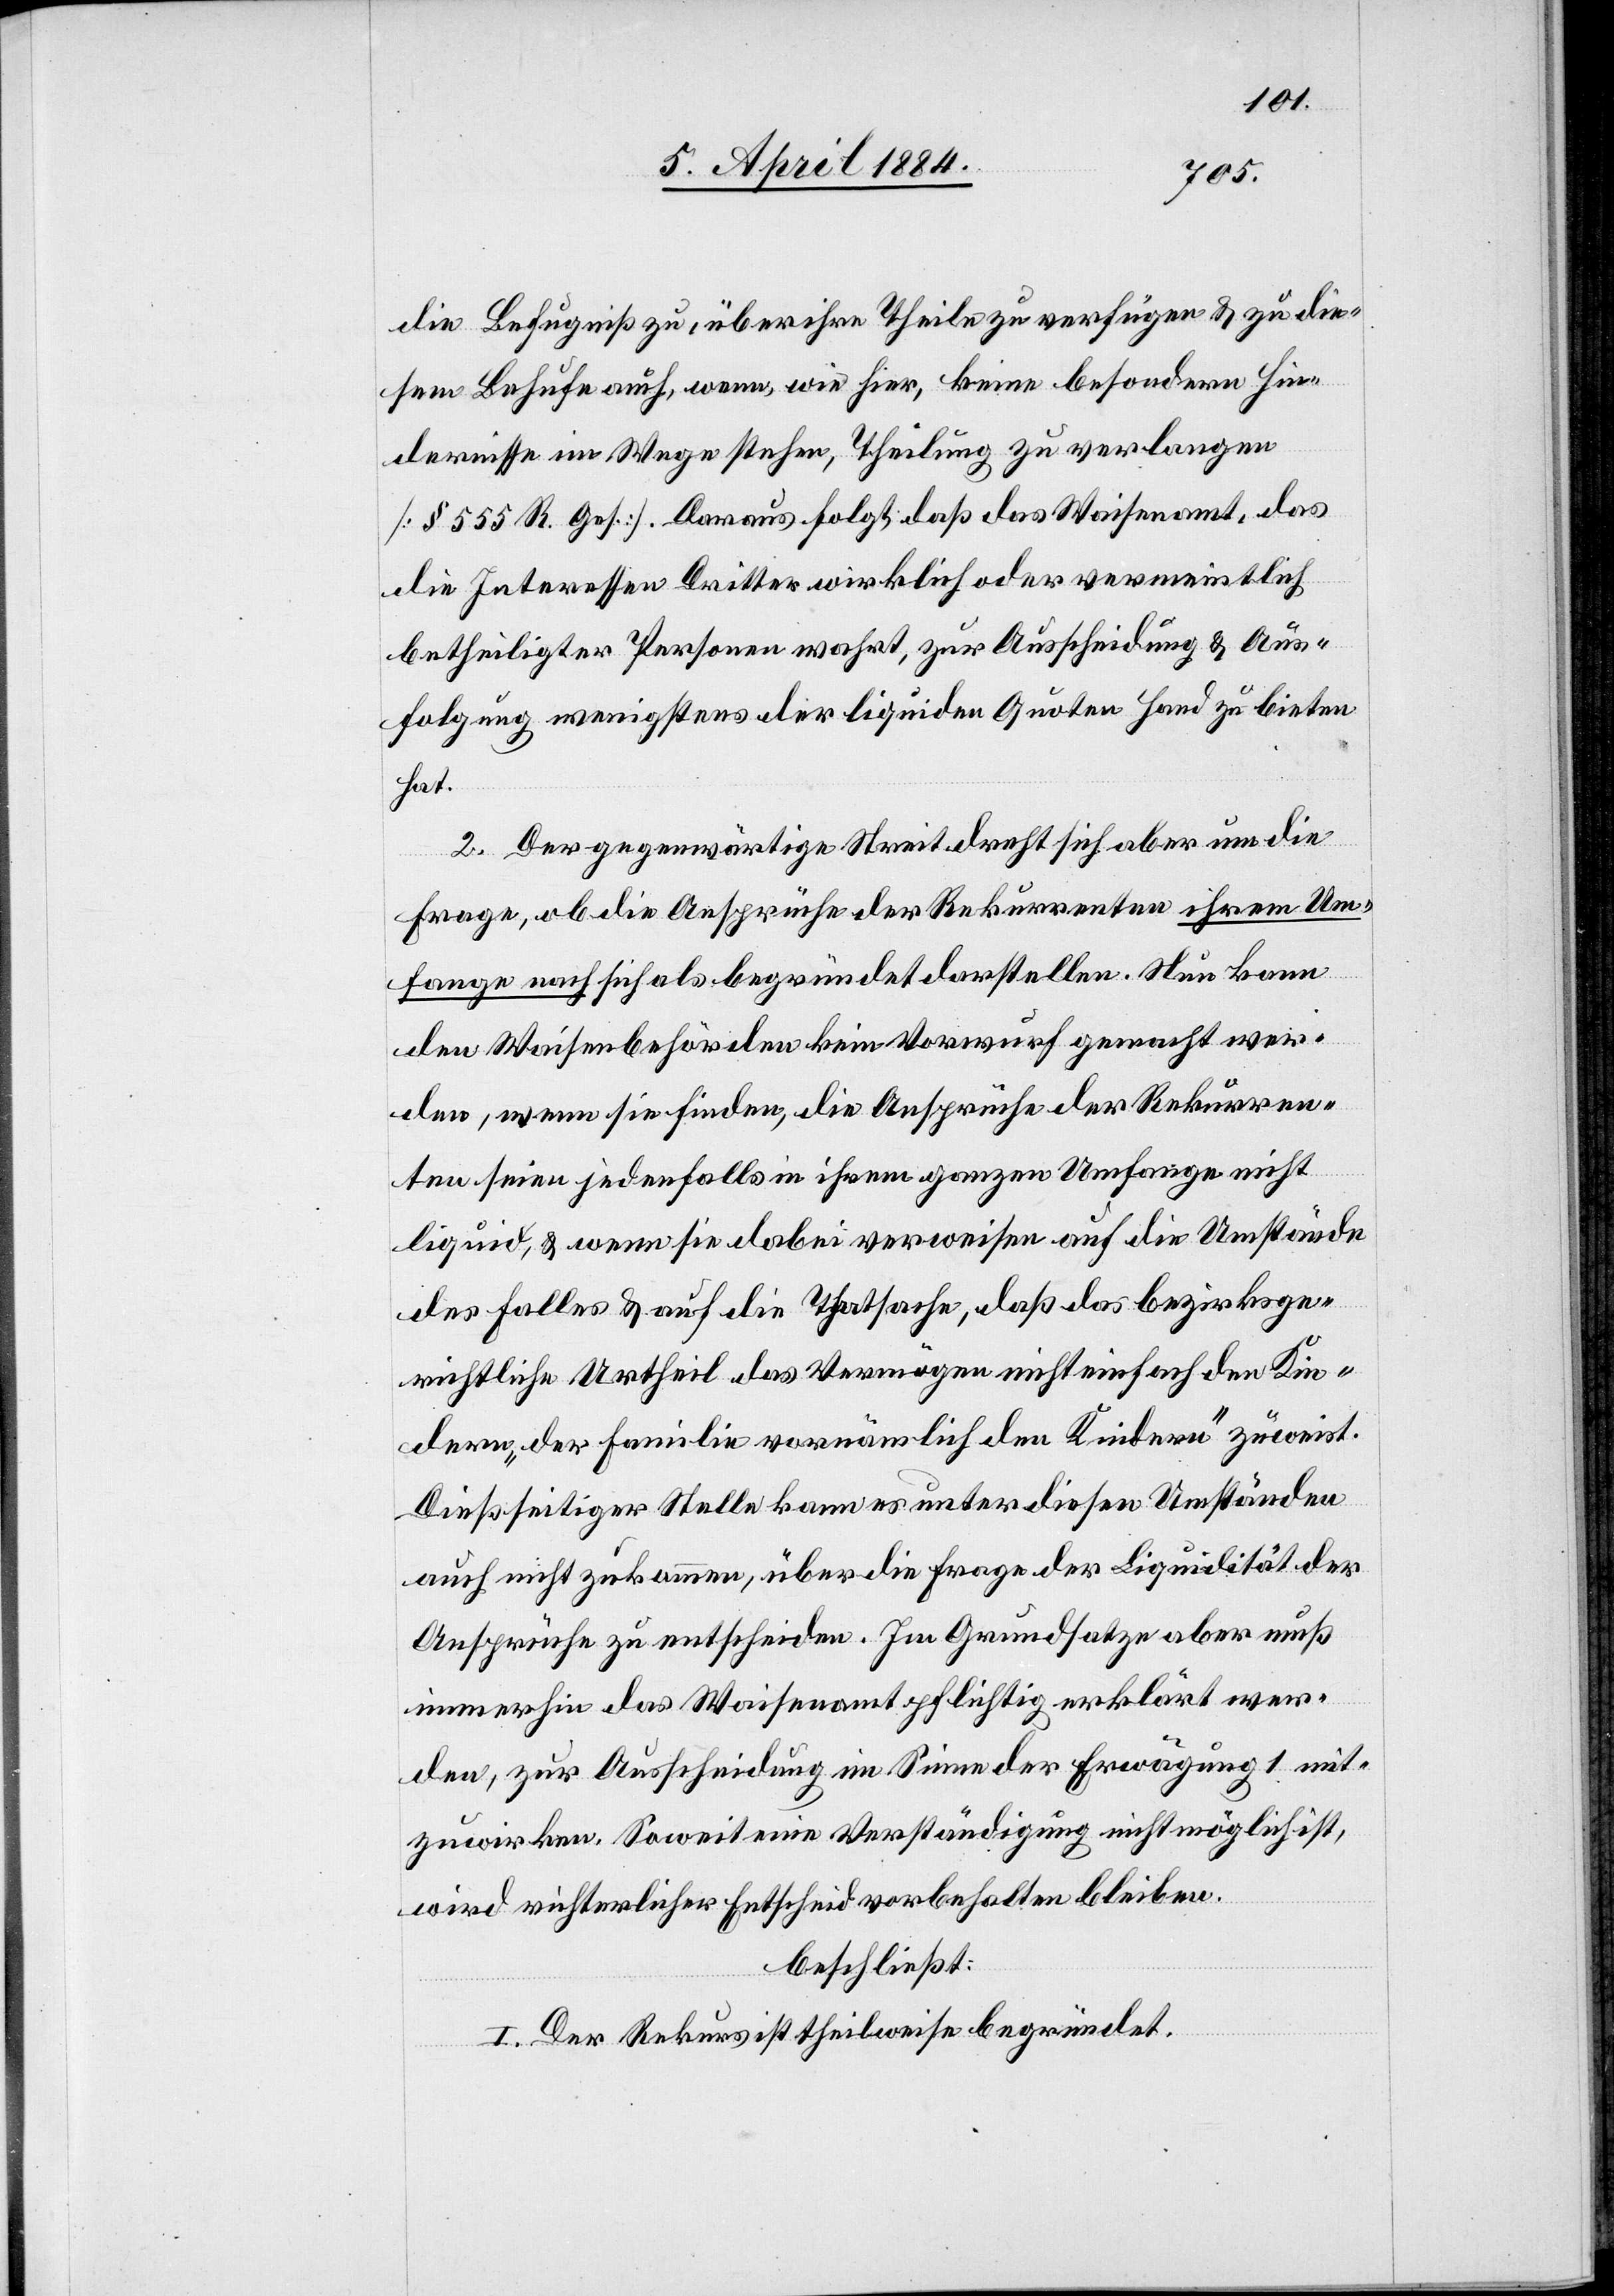
die Befugniß zu, über ihre Theile zu verfügen & zu die¬
sem Behufe auch, wenn, wie hier, keine besondern Hin¬
dernisse im Wege stehen, Theilung zu verlangen
[§ 555 R. Ges.]. Daraus folgt, daß das Waisenamt, das
die Interessen Dritter wirklich oder vermeintlich
betheiligter Personen wahrt, zur Ausscheidung & Aus¬
folgung wenigstens der liquiden Quoten Hand zu bieten
hat.
2. Der gegenwärtige Streit dreht sich aber um die
Frage, ob die Ansprüche der Rekurrenten ihrem Um¬
fange nach sich als begründet darstellen. Nun kann
den Waisenbehörden kein Vorwurf gemacht wer¬
den, wenn sie finden, die Ansprüche der Rekurren¬
ten seien jedenfalls in ihrem ganzen Umfange nicht
liquid, & wenn sie dabei verweisen auf die Umstände
des Falles & auf die Thatsache, daß das bezirksge¬
richtliche Urtheil das Vermögen nicht einfach den Kin¬
dern „der Familie vornämlich den Kindern“ zuweist.
Dießseitiger Stelle kann es unter diesen Umständen
auch nicht zukommen, über die Frage der Liquidität der
Ansprüche zu entscheiden. Im Grundsatze aber muß
immerhin das Waisenamt pflichtig erklärt wer¬
den, zur Ausscheidung im Sinne der Erwägung 1 mit¬
zuwirken. Soweit eine Verständigung nicht möglich ist,
wird richterlicher Entscheid vorbehalten bleiben.
beschließt:
I. Der Rekurs ist theilweise begründet.